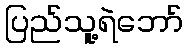
ပြည်သူ့ရဲဘော်